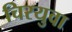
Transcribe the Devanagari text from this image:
चिरयुवा